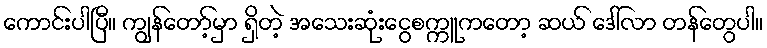
ကောင်းပါပြီ။ ကျွန်တော့်မှာ ရှိတဲ့ အသေးဆုံးငွေစက္ကူကတော့ ဆယ် ဒေါ်လာ တန်တွေပါ။